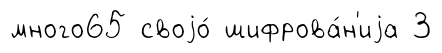
много65 своjо́ шифрова́н'иjа 3